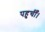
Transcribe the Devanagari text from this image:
पहुचीँ।